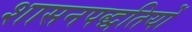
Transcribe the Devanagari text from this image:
शासनपद्धतियों